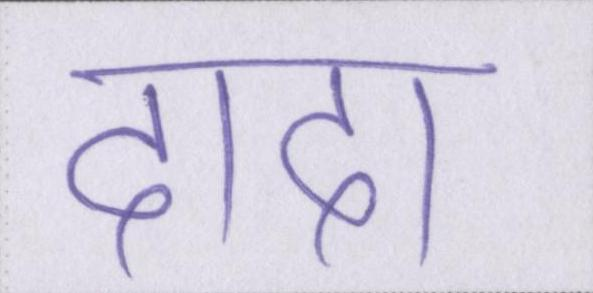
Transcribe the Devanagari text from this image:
दादा